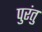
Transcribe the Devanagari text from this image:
पुरंतु